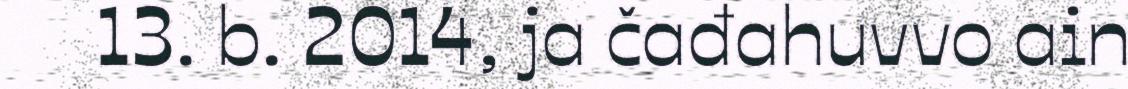
13. b. 2014, ja čađahuvvo ain